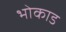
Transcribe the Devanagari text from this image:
भोकाड